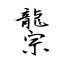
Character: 龒